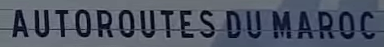
AUTOROUTES DU MAROC